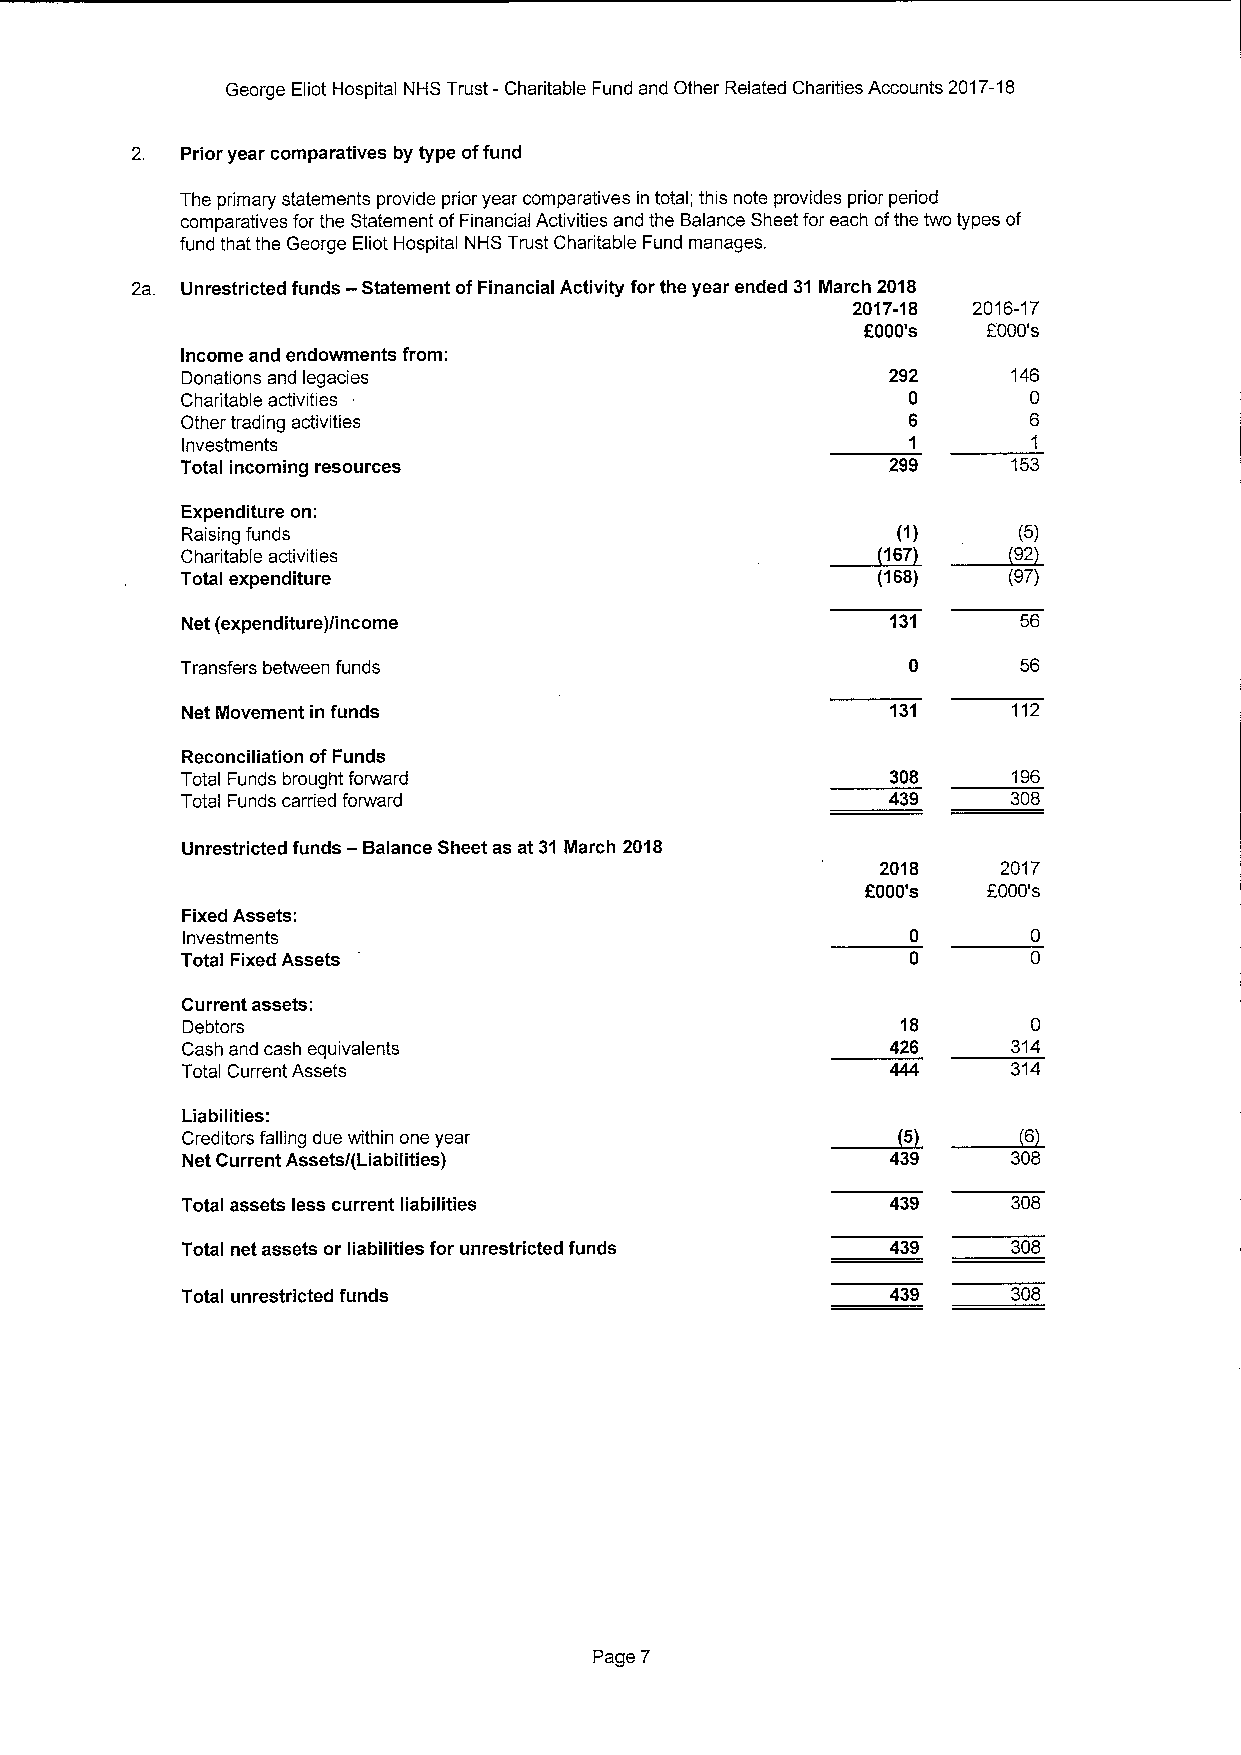
George Eliot Hospital NHS Trust —Charitable Fund and Other Related Charities Accounts 2017-18
 2. Prior year comparatives by type offund
 The primary statements provide prior year comparatives in total; this note provides prior period
 comparatives for the Statement ofFinancial Activities and the Balance Sheet for each ofthe two types of
 fund that the George Eliot Hospital NHS Trust Charitable Fund manages.
 2a. Unrestricted funds —Statement ofFinancial Activity for the year ended 31 March 2018
 2017-18 2016-17
 6000's  F000's
 Income and endowments from:
 Donations and legacies                         292     146
 Charitable activities                           0       0
 Other trading activities                        6       6
 Investments                                     1       1
 Total incoming resources                       299     153
 Expenditure on:
 Raising funds                              ~167(1) ~92 (5)
 Charitable activities
 Total expenditure                             (168)    (97)
 Net (expenditure)/income                       131     56
 Transfers between funds                                56
 Net Movement in funds                          131     112
 Reconciliation ofFunds
 Total Funds brought forward                    308     196
 Total Funds carried forward                    439     308
 Unrestricted funds —Balance Sheet as at 31 March 2018
 2018    2017
 f000's  F000's
 Fixed Assets:
 Investments
 Total Fixed Assets
 Current assets:
 Debtors                                         18      0
 Cash and cash equivalents                      426     314
 Total Current Assets                                   314
 ~5      ~6
 Liabilities:
 Creditors falling due within one year
 Net Current Assets/(Liabilities)               439     308
 Total assets less current liabilities          439     308
 Total net assets or liabilities for unrestricted funds 439 308
 Total unrestricted funds                       439     308
 Page 7